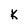
Character: k